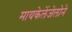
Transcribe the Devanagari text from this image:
मायकेलेंजेलोने